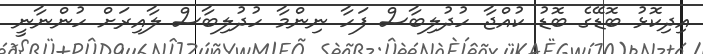
އިދިކޮޅު ބޮޑޭގެ ބޮޑު ކުއްޖާ ހުދުލިބާސް ފަހާ ނިންމާ ހުދުލިބާސް ލާއިރަށް ހުންނާނީ